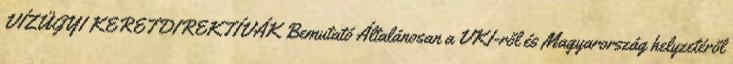
VÍZÜGYI KERETDIREKTÍVÁK Bemutató Általánosan a VKI-ről és Magyarország helyzetéről